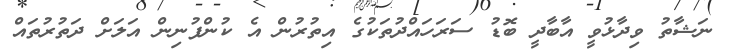
ނަޝާތު ވިދާޅުވީ އާބާދީ ބޮޑު ސަރަހައްދުތަކުގެ އިތުރުން އެ ކުންފުނިން އަލަށް ދަތުރުތައް